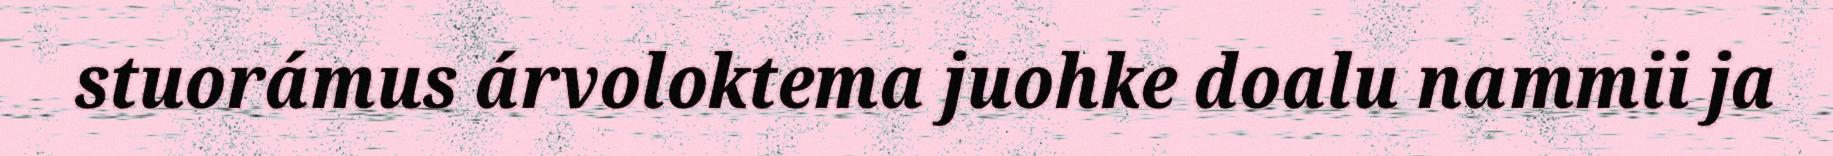
stuorámus árvoloktema juohke doalu nammii ja